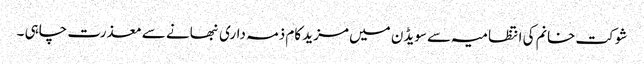
شوکت خانم کی انتظامیہ سے سویڈن میں مزید کام ذمہ داری نبھانے سے معذرت چاہی ۔